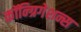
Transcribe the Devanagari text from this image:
कॉन्ग्रिगेशन्स